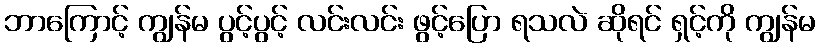
ဘာကြောင့် ကျွန်မ ပွင့်ပွင့် လင်းလင်း ဖွင့်ပြော ရသလဲ ဆိုရင် ရှင့်ကို ကျွန်မ